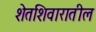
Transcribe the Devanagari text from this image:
शेतशिवारातील